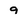
Character: 9